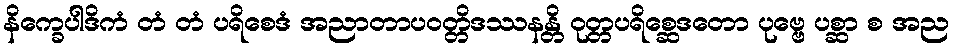
နိက္ခေပါဒိကံ တံ တံ ပရိစေဒံ အညာတာပဝတ္တိဒဿနန္တိ ဝုတ္တပရိစ္ဆေဒတော ပုဗ္ဗေ ပစ္ဆာ စ အည